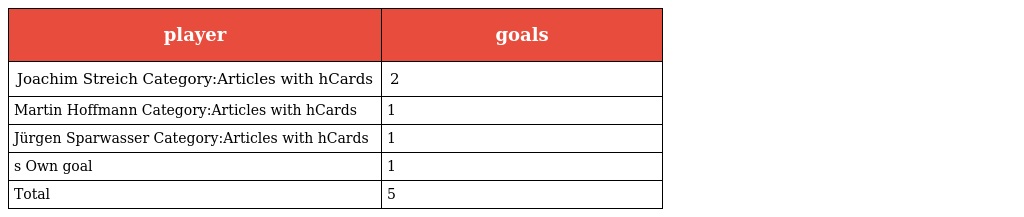
| player | goals |
 | --- | --- |
 | Joachim Streich Category:Articles with hCards | 2 |
 | Martin Hoffmann Category:Articles with hCards | 1 |
 | Jürgen Sparwasser Category:Articles with hCards | 1 |
 | s Own goal | 1 |
 | Total | 5 |